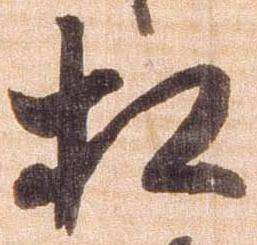
相